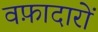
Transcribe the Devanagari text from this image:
वफ़ादारों